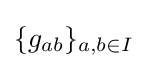
\{g_{ab}\}_{a,b\in I}